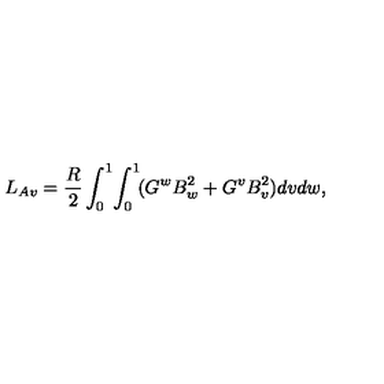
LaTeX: L _ { A v } = \frac { R } { 2 } \int _ { 0 } ^ { 1 } \! \int _ { 0 } ^ { 1 } \! ( G ^ { w } B _ { w } ^ { 2 } + G ^ { v } B _ { v } ^ { 2 } ) d v d w ,